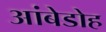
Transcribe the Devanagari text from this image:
आंबेडोह